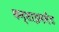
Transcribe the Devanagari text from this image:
कन्साइनमेंट